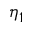
\eta _ { 1 }